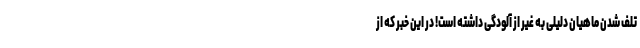
تلف شدن ماهیان دلیلی به غیر از آلودگی داشته است! در این خبر که از